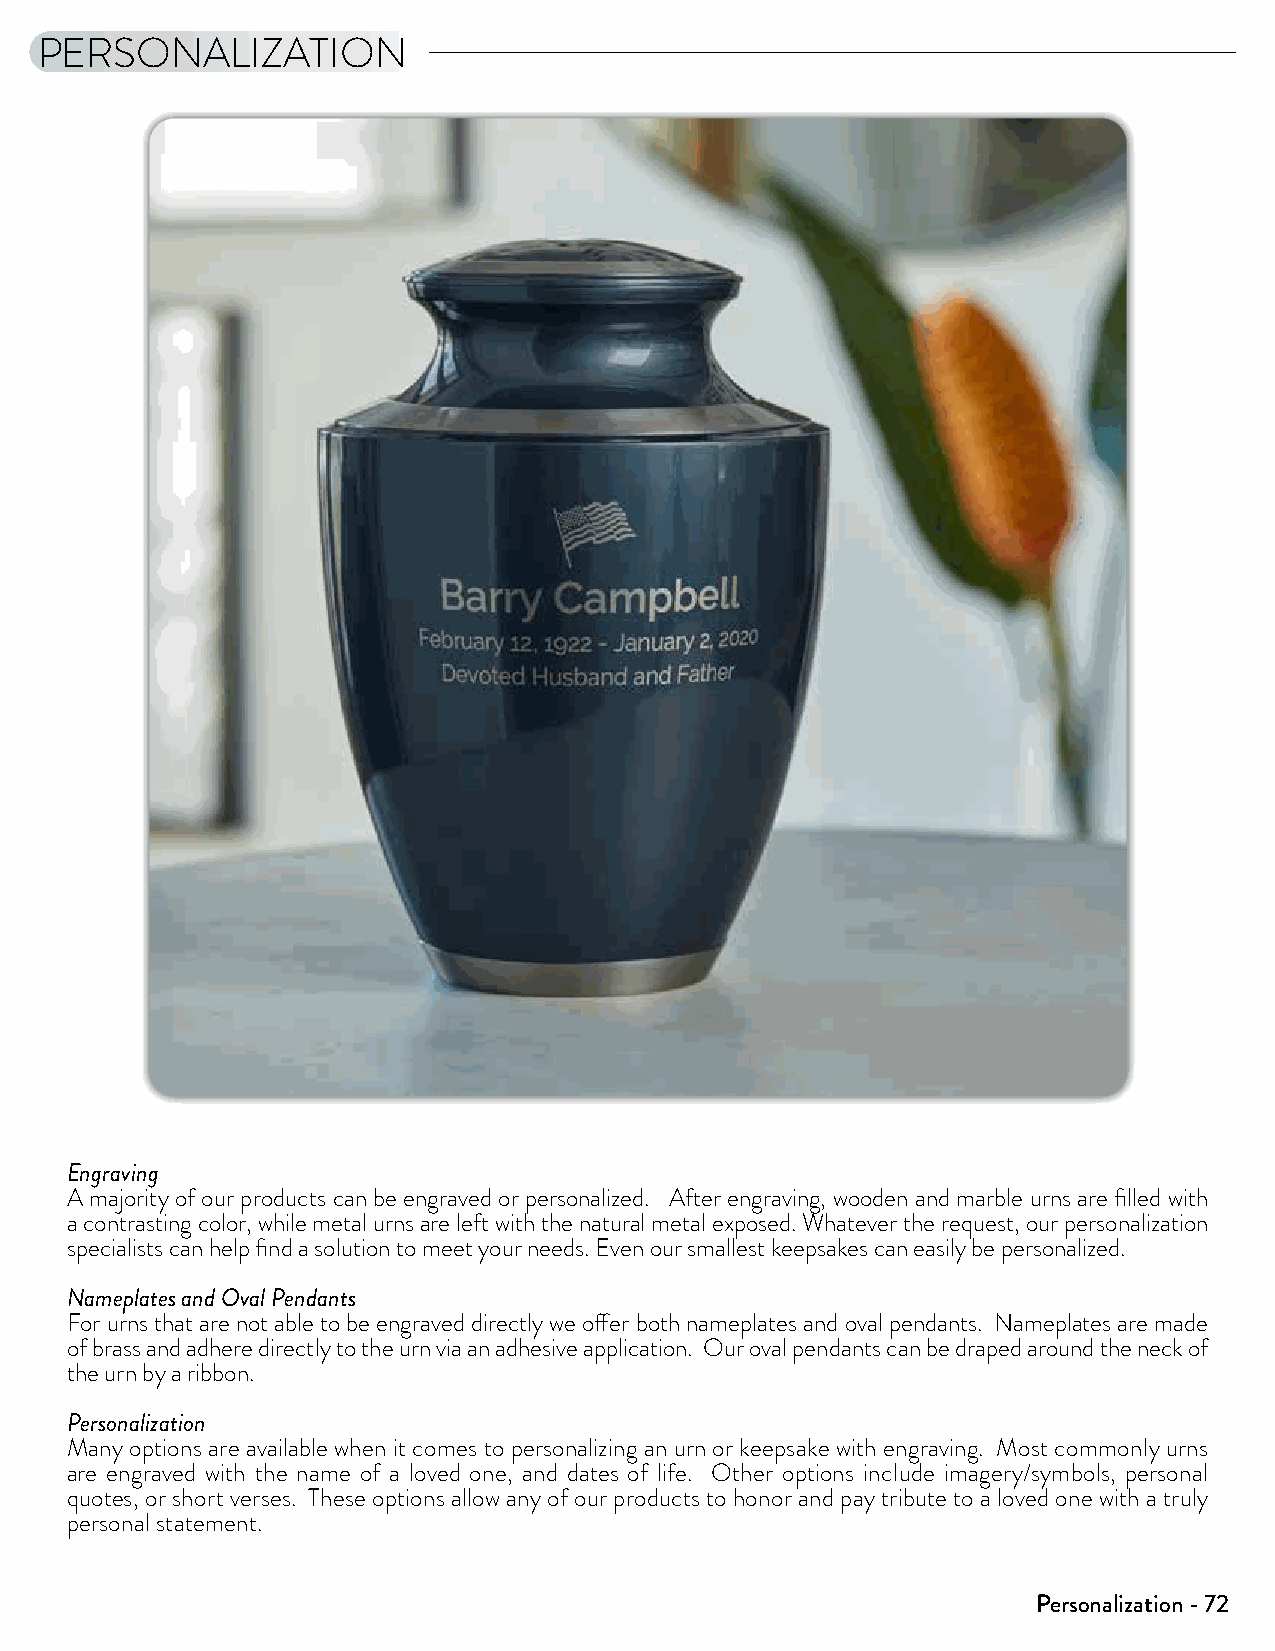
PERSONALIZATION
 Engraving
 A majority of our products can be engraved or personalized. After engraving, wooden and marble urns are filled with
 a contrasting color, while metal urns are left with the natural metal exposed. Whatever the request, our personalization
 specialists can help find a solution to meet your needs. Even our smallest keepsakes can easily be personalized.
 Nameplates and Oval Pendants
 For urns that are not able to be engraved directly we offer both nameplates and oval pendants. Nameplates are made
 of brass and adhere directly to the urn via an adhesive application. Our oval pendants can be draped around the neck of
 the urn by a ribbon.
 Personalization
 Many options are available when it comes to personalizing an urn or keepsake with engraving. Most commonly urns
 are engraved with the name of a loved one, and dates of life. Other options include imagery/symbols, personal
 quotes, or short verses. These options allow any of our products to honor and pay tribute to a loved one with a truly
 personal statement.
 Personalization - 72